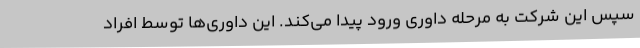
سپس این شرکت به مرحله داوری ورود پیدا می‌کند. این داوری‌ها توسط افراد